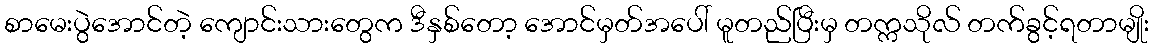
စာမေးပွဲအောင်တဲ့ ကျောင်းသားတွေက ဒီနှစ်တော့ အောင်မှတ်အပေါ် မူတည်ပြီးမှ တက္ကသိုလ် တက်ခွင့်ရတာမျိုး